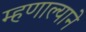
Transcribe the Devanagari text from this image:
म्हणाल्याने